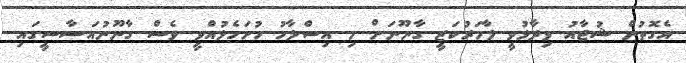
އެގޮތުން ޝުޖާއު ވިދާޅުވީ ލާމަރުކަޒީ ގާނޫނަށް މި އިސްލާހު ހުށަހެޅުއްވީ ވެސް ގާނޫނުއަސާސީގައި